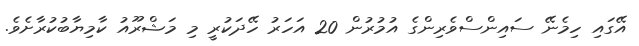
އޭގައި ހިމެނޭ ސައިންސްވެރިންގެ އުމުރުން 20 އަހަރު ހޭދަކުރީ މި މަޝްރޫއު ކާމިޔާބުކުރާށެވެ.